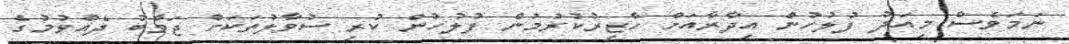
ނަމަވެސް މިއަދު ފުލުހުންެ އިދާރާއަށް ހާޒިރުކުރުމުން ފުލުހުން ކުރި ސުވާލުތަކަށް ޖަވާބު ދެއްވުމުގެ